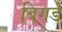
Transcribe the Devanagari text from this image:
बिगडे